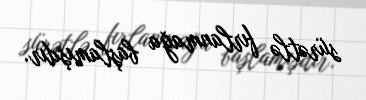
sürətlə fırlanmağa başlamışdır.